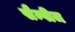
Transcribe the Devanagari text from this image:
सैम्पीज